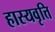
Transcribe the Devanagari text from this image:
हास्यवृत्ति